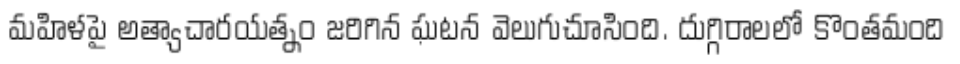
మహిళపై అత్యాచారయత్నం జరిగిన ఘటన వెలుగుచూసింది. దుగ్గిరాలలో కొంతమంది